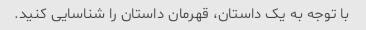
با توجه به یک داستان، قهرمان داستان را شناسایی کنید.